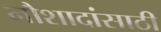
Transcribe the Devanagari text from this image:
नौशादांसाठी